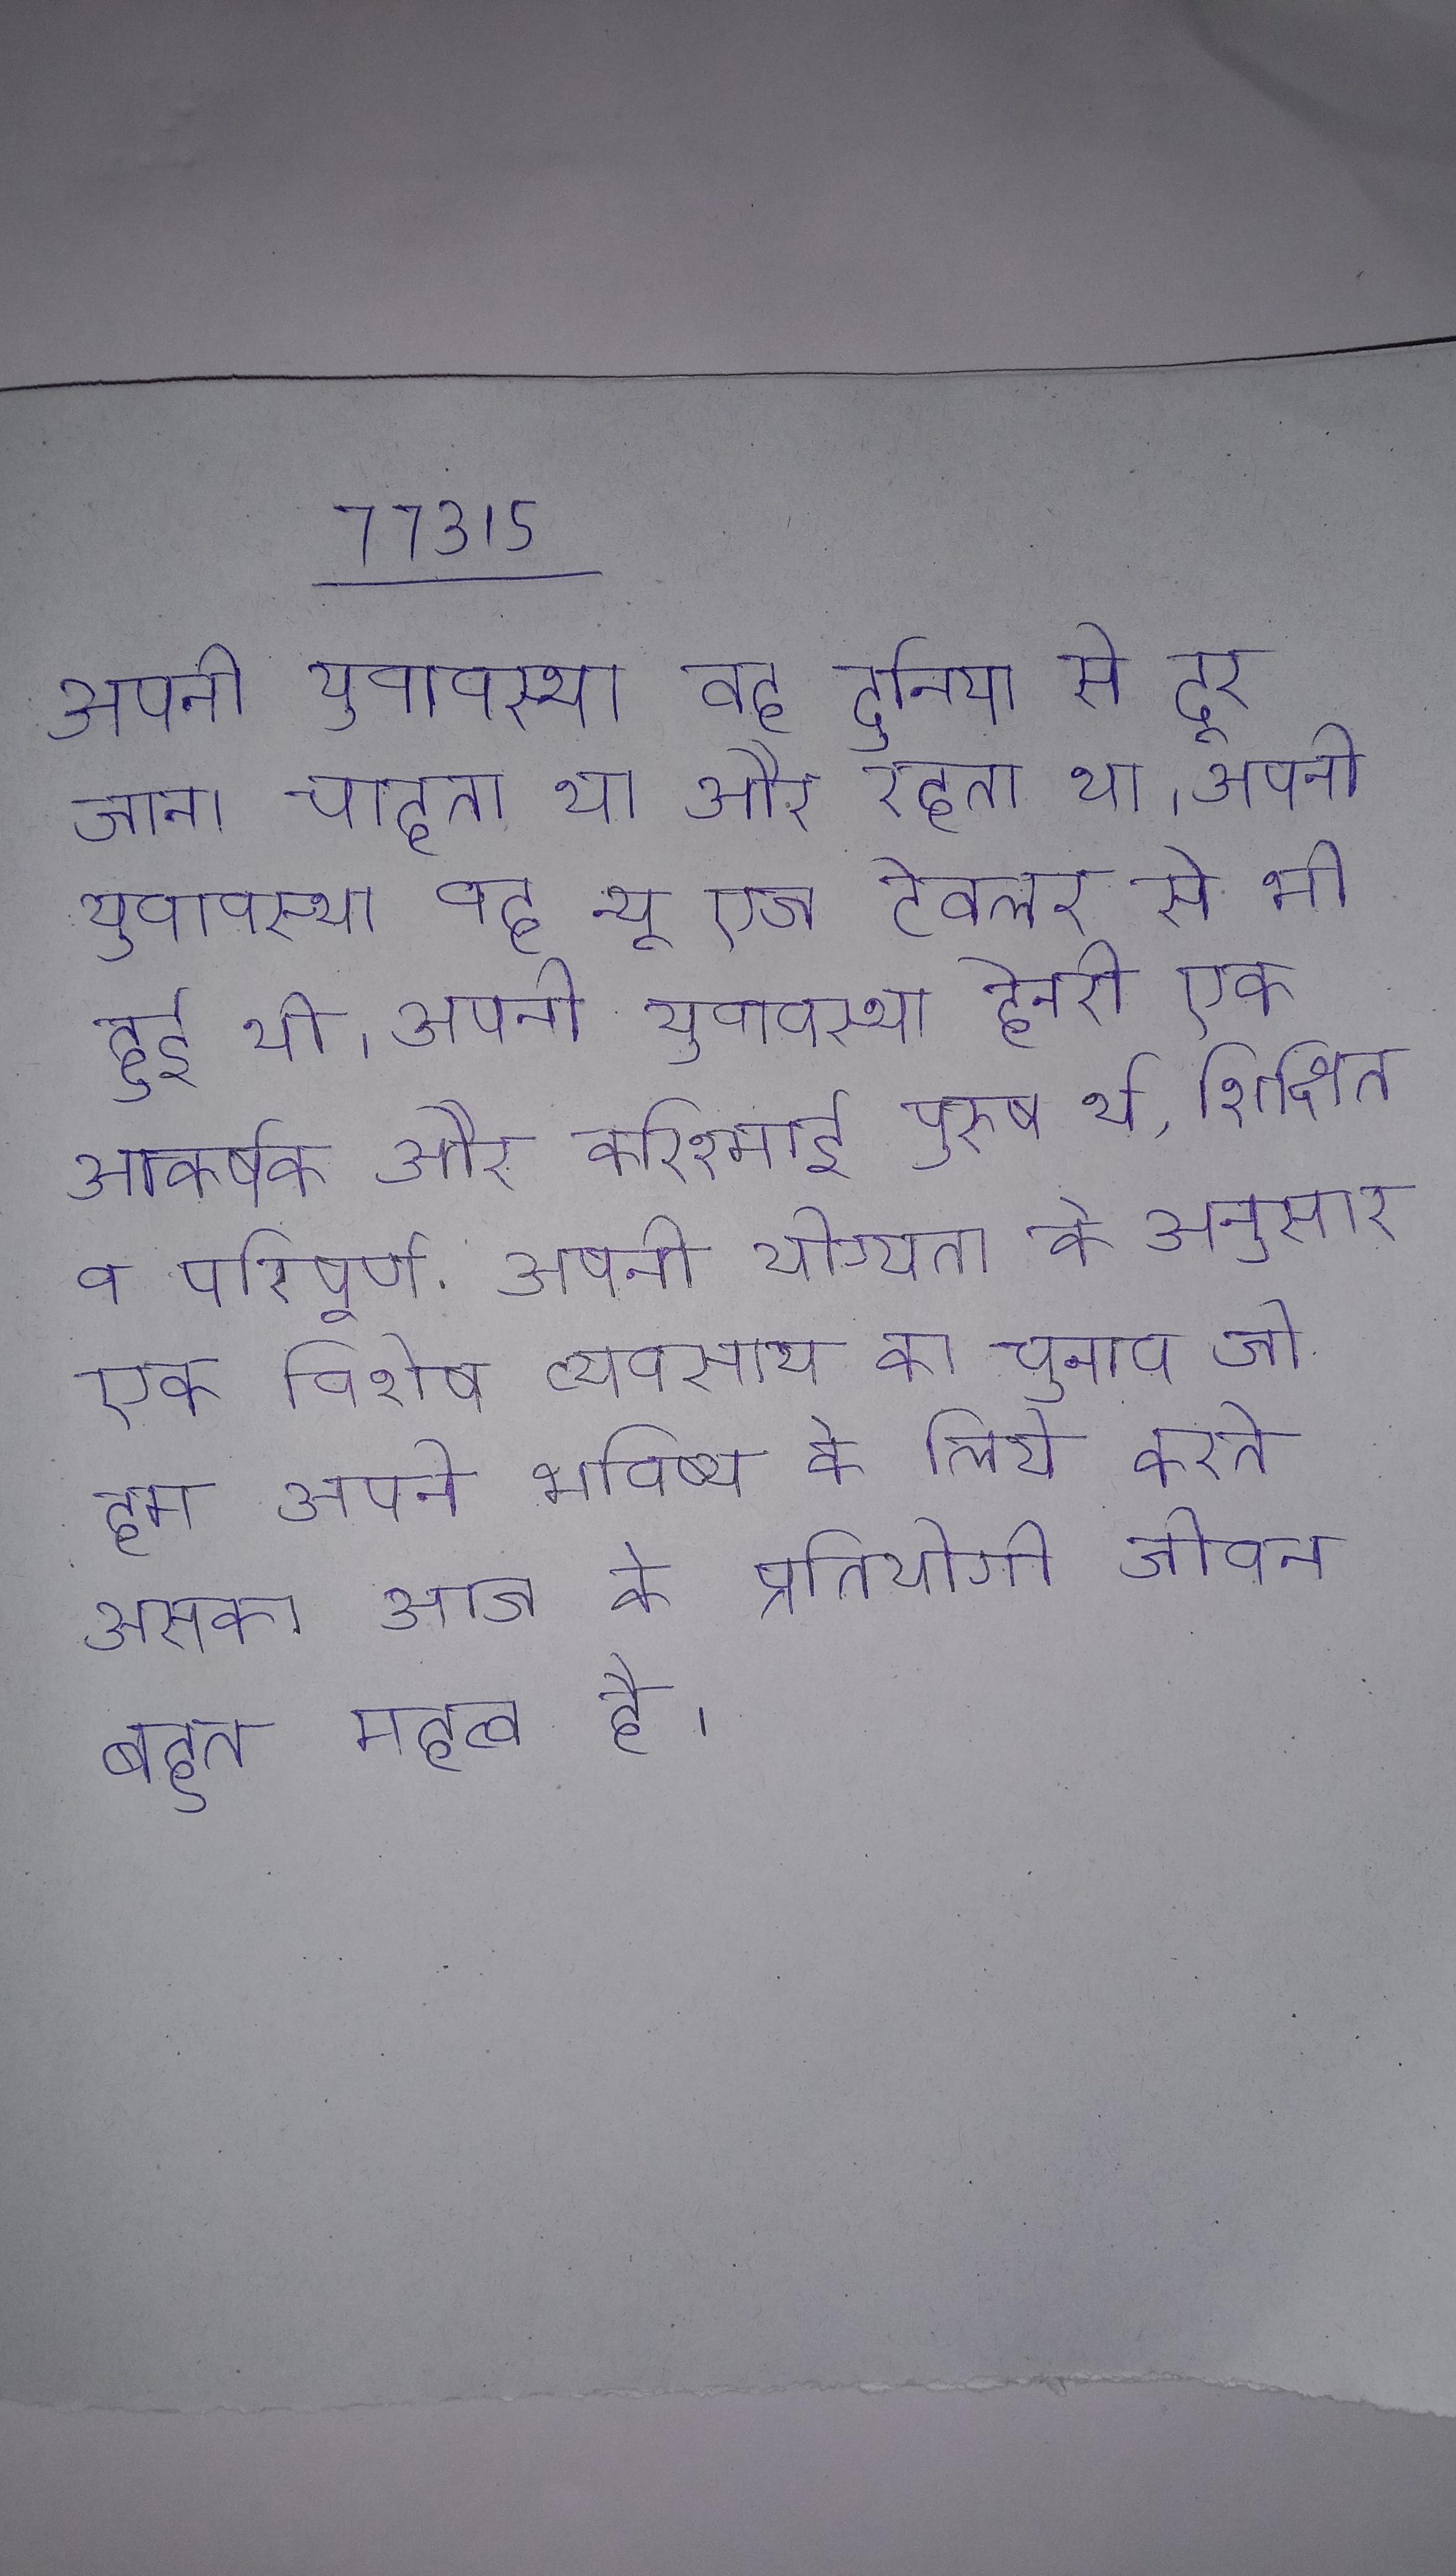
अपनी युवावस्था वह दुनिया से दूर जाना चाहता था और रहता था । अपनी युवावस्था वह न्यू एज ट्रेवलर से भी हुई थी । अपनी युवावस्था हेनरी एक आकर्षक और करिश्माई पुरुष थे, शिक्षित व परिपूर्ण . अपनी योग्यता के अनुसार एक विशेष व्यवसाय का चुनाव जो हम अपने भविष्य के लिये करते उसका आज के प्रतियोगी जीवन बहुत महत्व है ।